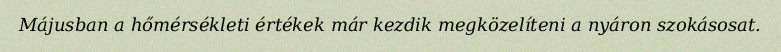
Májusban a hőmérsékleti értékek már kezdik megközelíteni a nyáron szokásosat.